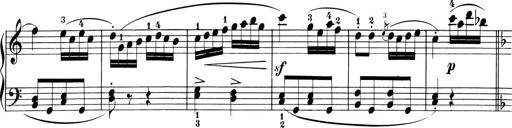
Title: 6 Piano Sonatinas
Composer: Cornelius Gurlitt